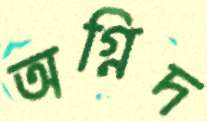
অগ্নিদ